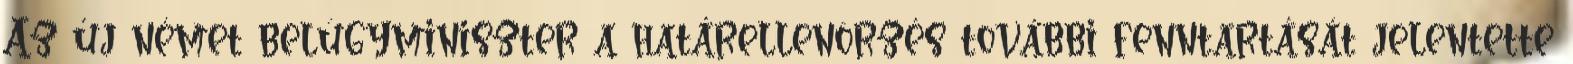
Az új német belügyminiszter a határellenörzés további fenntartását jelentette